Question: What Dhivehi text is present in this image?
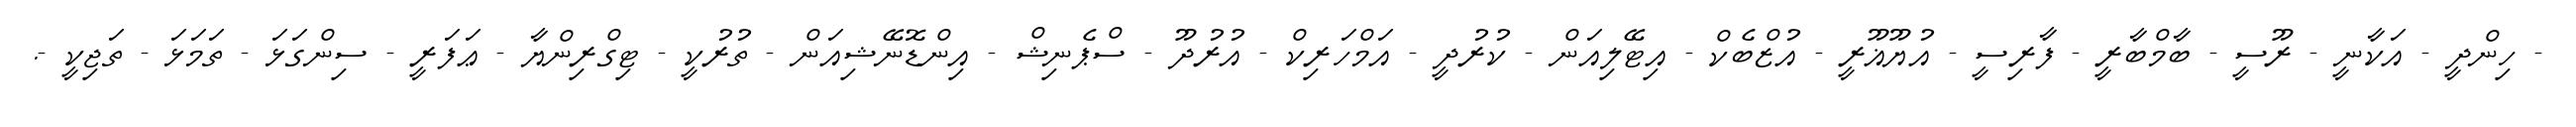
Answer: - ހިންދީ - އަކާނީ - ރޫސީ - ބާމްބާރީ - ފާރިސީ - އުޔޫޣޫރީ - އުޒްބެކް - އިޓޭލިއަން - ކުރުދީ - އަމްހަރިކް - އުރުދޫ - ސްޕެނިޝް - އިންޑޮނޭޝިއަން - ތުރުކީ - ޓިގްރިންޔާ - ޢަފަރީ - ސިންގަޅަ - ތަމަޅަ - ތަޖިކީ -.